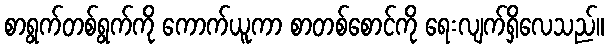
စာရွက်တစ်ရွက်ကို ကောက်ယူကာ စာတစ်စောင်ကို ရေးလျက်ရှိလေသည်။